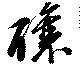
釀